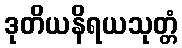
ဒုတိယနိရယသုတ္တံ